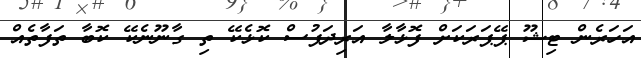
އަހަރެން ޓިޝޫ ޕޭޕަރަކަށް ފޮޅާލާ އަރިދަފުސް ކޮޅެކޭ ތި ގާނޫނެކޭ ކޮބާ ތަފާތެއް